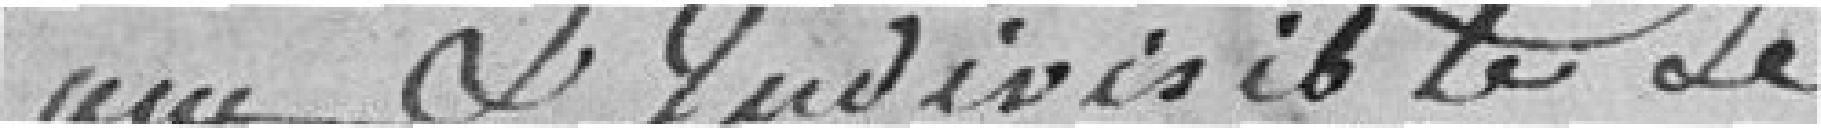
an et indivisible le